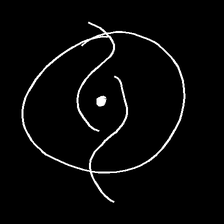
Glyph: repetition